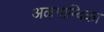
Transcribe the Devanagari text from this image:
अऴगाम्बिका